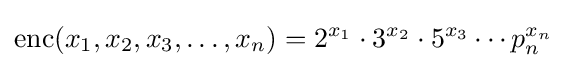
\mathrm {enc} (x_{1},x_{2},x_{3},\dots ,x_{n})=2^{x_{1}}\cdot 3^{x_{2}}\cdot 5^{x_{3}}\cdots p_{n}^{x_{n}}